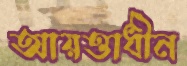
আয়ত্তাধীন